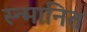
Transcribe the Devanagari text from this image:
स्न्मानित